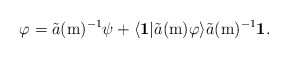
\begin{align*}\varphi=\tilde{a}(\mathrm{m})^{-1}\psi+\langle\mathbf{1}|\tilde{a}(\mathrm{m})\varphi\rangle\tilde{a}(\mathrm{m})^{-1}\mathbf{1}.\end{align*}